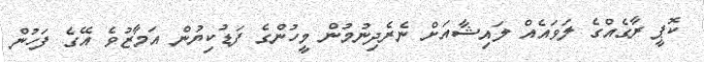
ކޮޕީ ރާގެއްގެ ލަވައެއް ލައިޝާއަށް ނެރެދިނުމުން މީހުންގެ ފަޑުކިޔުން އަމާޒުވެ އޭގެ ފަހުން